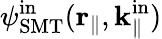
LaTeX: {\psi}_{\mathrm{SMT}}^{\mathrm{in}}(\textbf{r}_{\parallel},\textbf{k}_{\parallel}^{\mathrm{in}})